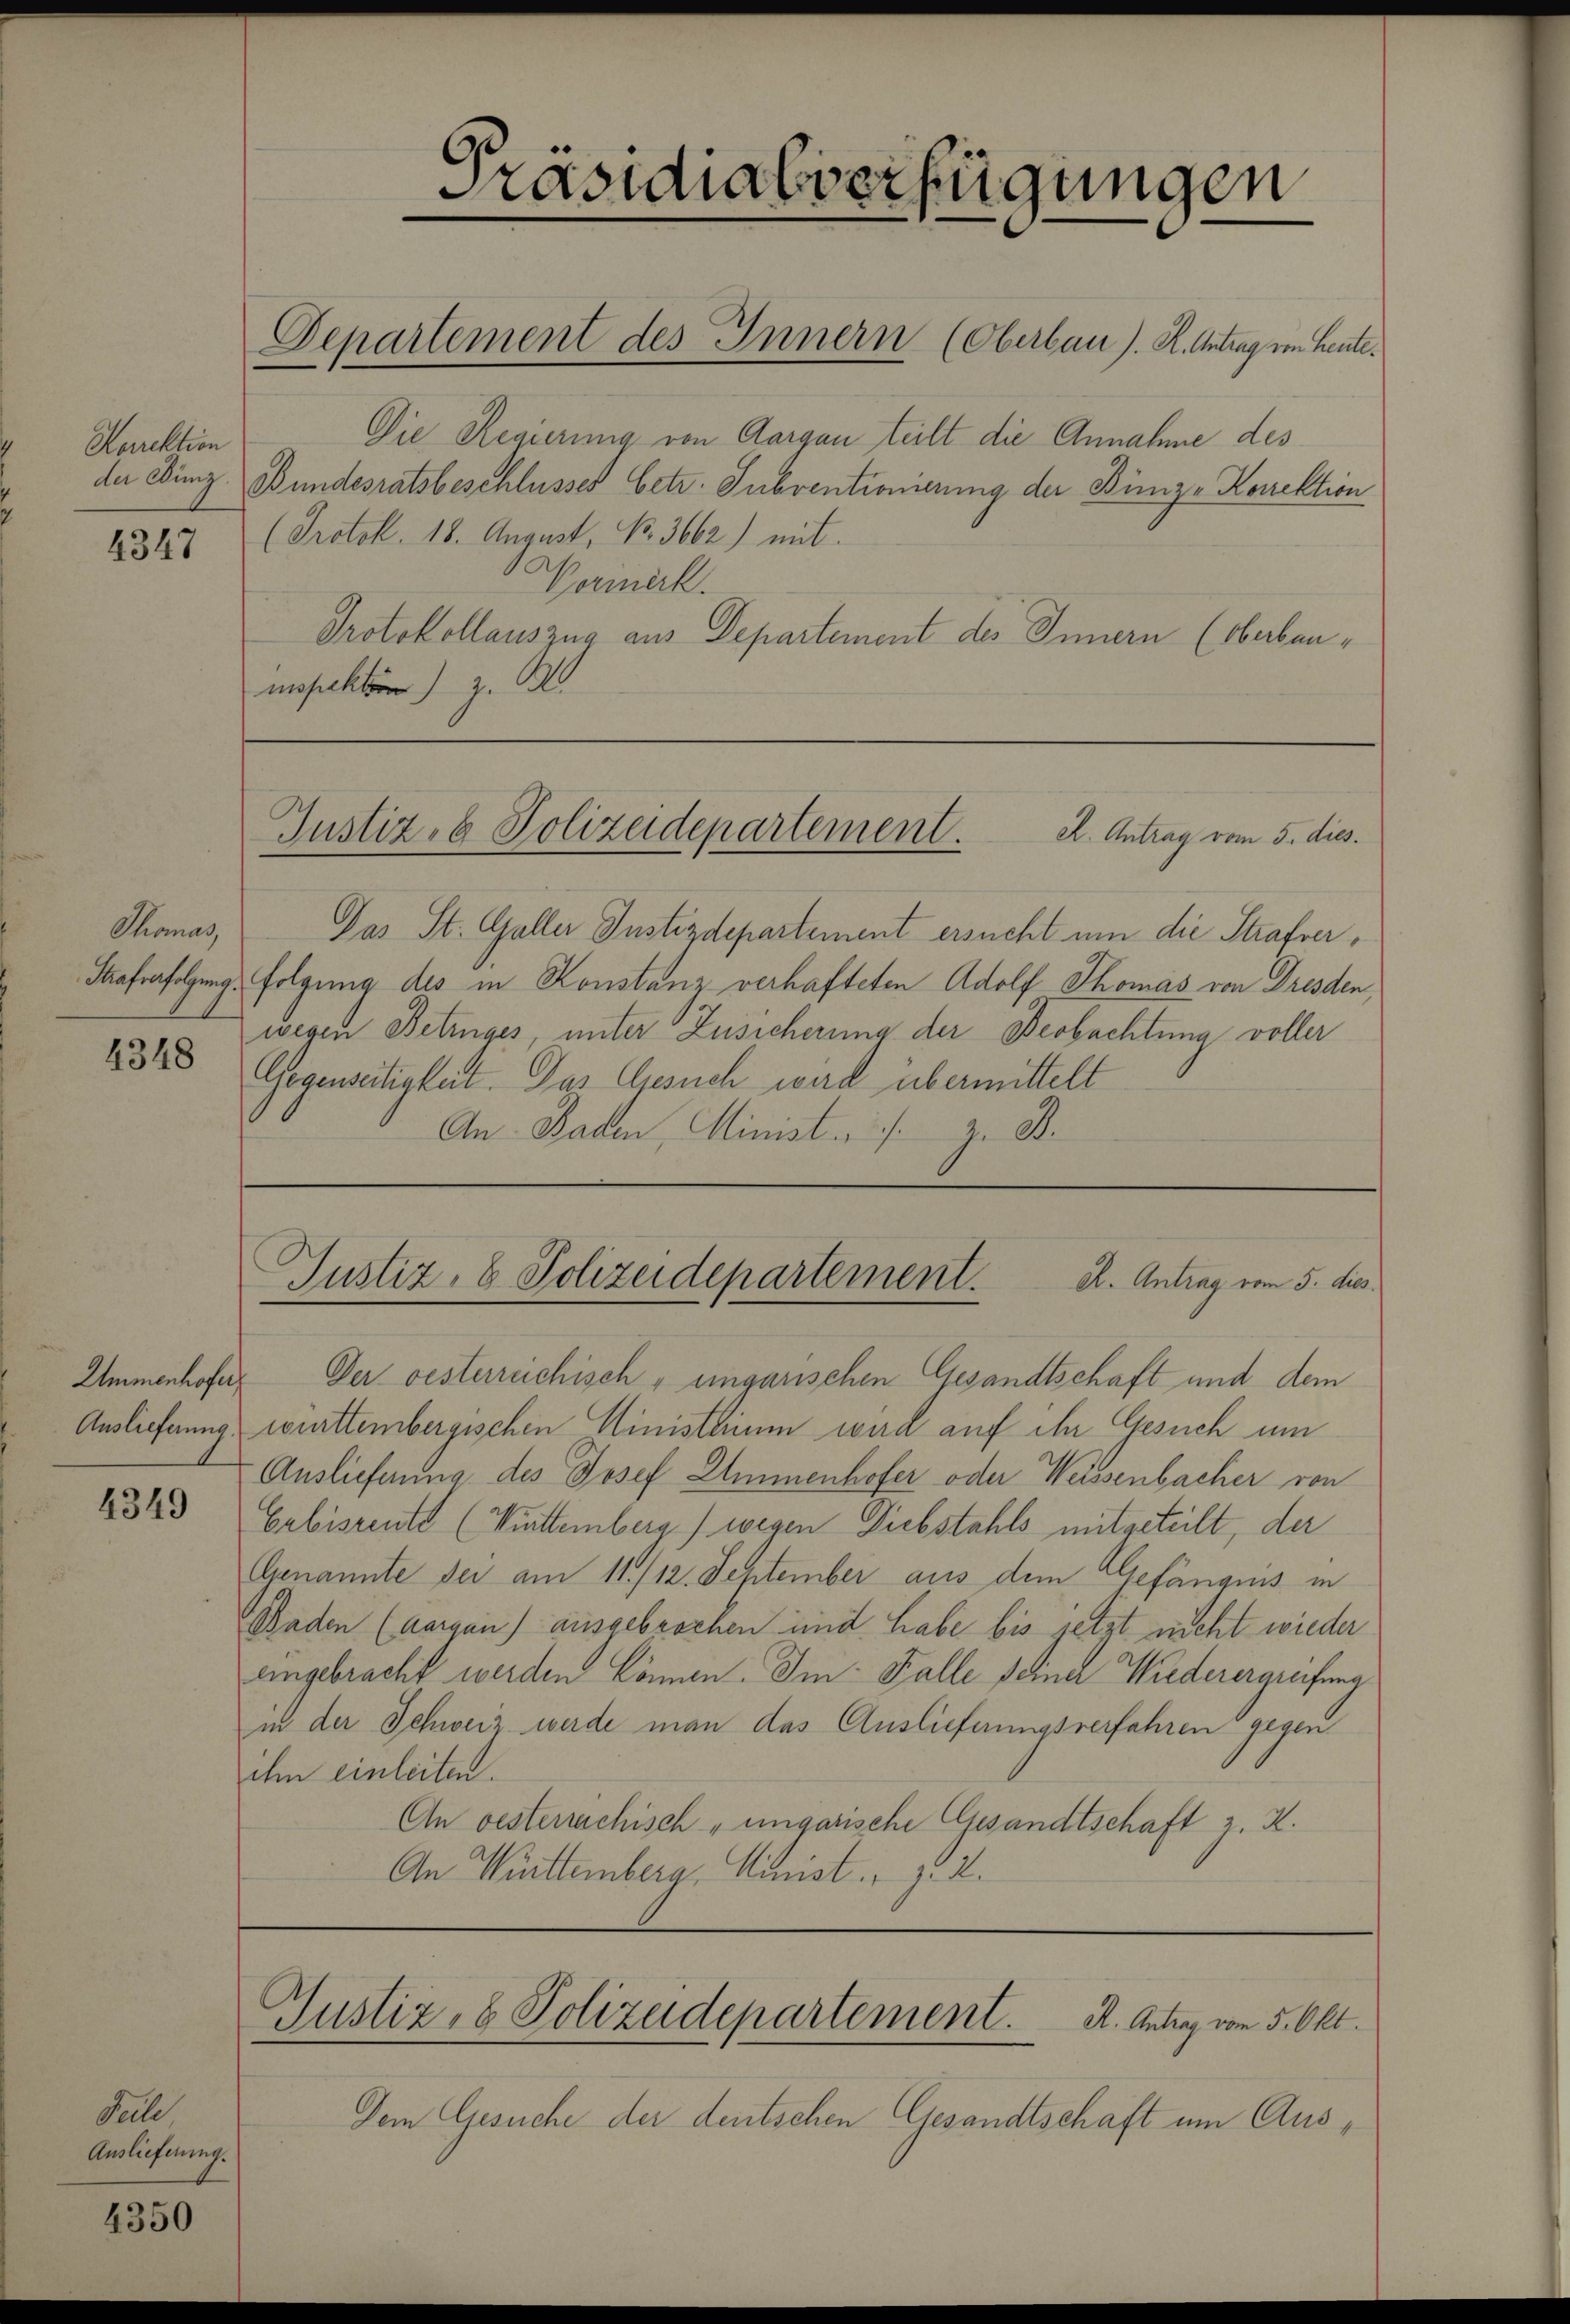
Horrektion

Thomas,
4348

4349

Falle
Auslieferung.

4350

Die Regierung von Aargau teilt die Annahme des
de Kunz Bundesratsbeschlusses betr. Subventionierung der Bünze Korrektion
2347 (Protok. 18. August, No. 3662) mit
Vermerk.
Protokollauszug aus Departement des Innern (Oberbaumspektor) z. B.

Das St. Galler Justizdepartement ersucht um die Strafver¬
Maferfolgung, folgung des in Konstanz verhafteten Adolf Thomas von Dresden,
wegen Betruges, unter Zusicherung der Beobachtung voller
Gegenseitigkeit. Das Gesuch wird übermittelt
An Baden, Minist. / z. B.

Ammenhofer. Der oesterreichisch ungarischen Gesandtschaft und dem
Auslieferung württembergischen Ministerium wird auf ihr Gesuch um
Auslieferung des Josef Ammenhofer oder Weissenbacher von
Erbisrente (Kittemberg) wegen Diebstahls mitgeteilt, der
Genannte sei am 11./12. September aus dem Gefängnis in
Baden (Aargau) ausgebrochen und habe bis jetzt nicht wieder
eingebracht werden können. Im Falle seiner Wiederergreifung
in der Schweiz werde man das Auslieferungsverfahren gegen
ihm einleiten.
An oesterrechisch-ungarische Gesandtschaft z. K.
An Württemberg, Minist. Z: 2.

Präsidialverfügungen

Departement des Innern (Oberbau). K. Antrag von Heute.

Justiz- & Polizeidepartement.
R. Antrag vom 5. dies.

Justiz- & Polizeidepartement.
E. Antrag vom 5. dies

Gustiz- & Polizeidepartement. A. Antrag vom 5. Okt.

Dem Gesuche der deutschen Gesandtschaft um Aus¬